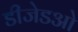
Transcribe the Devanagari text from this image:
डीजेडओ